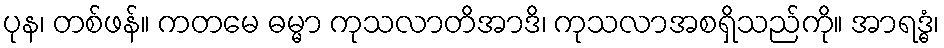
ပုန၊ တစ်ဖန်။ ကတမေ ဓမ္မာ ကုသလာတိအာဒိ၊ ကုသလာအစရှိသည်ကို။ အာရဒ္ဓံ၊